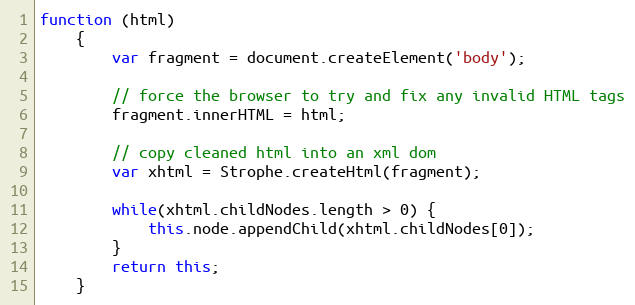
Language: JavaScript
function (html)
    {
        var fragment = document.createElement('body');

        // force the browser to try and fix any invalid HTML tags
        fragment.innerHTML = html;

        // copy cleaned html into an xml dom
        var xhtml = Strophe.createHtml(fragment);

        while(xhtml.childNodes.length > 0) {
            this.node.appendChild(xhtml.childNodes[0]);
        }
        return this;
    }